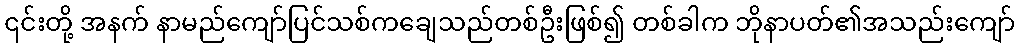
၎င်းတို့ အနက် နာမည်ကျော်ပြင်သစ်ကချေသည်တစ်ဦးဖြစ်၍ တစ်ခါက ဘိုနာပတ်၏အသည်းကျော်